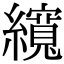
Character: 𦆼